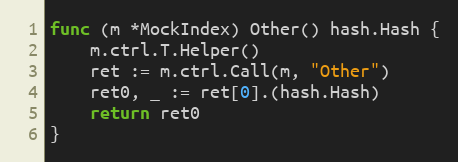
Language: Go
func (m *MockIndex) Other() hash.Hash {
	m.ctrl.T.Helper()
	ret := m.ctrl.Call(m, "Other")
	ret0, _ := ret[0].(hash.Hash)
	return ret0
}